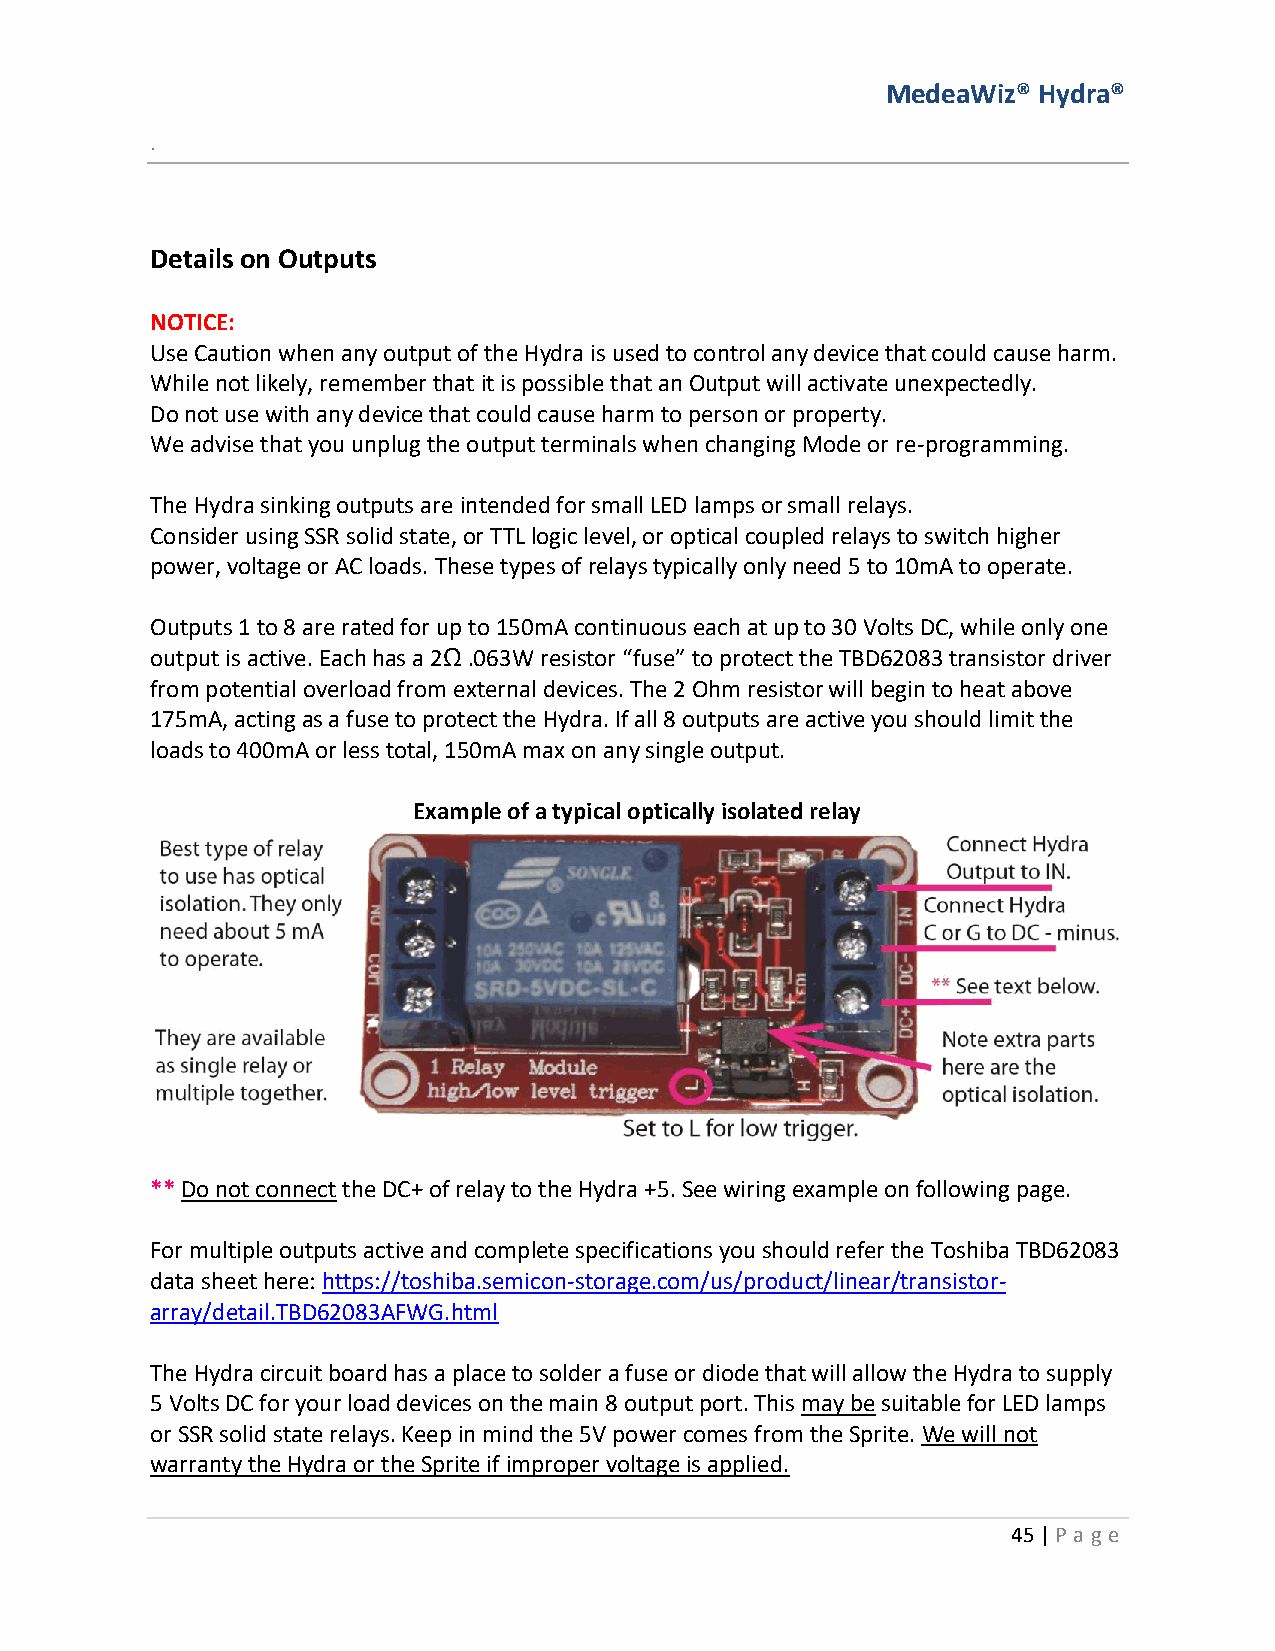
MedeaWiz® Hydra®
 .
 Details on Outputs
 NOTICE:
 Use Caution when any output of the Hydra is used to control any device that could cause harm.
 While not likely, remember that it is possible that an Output will activate unexpectedly.
 Do not use with any device that could cause harm to person or property.
 We advise that you unplug the output terminals when changing Mode or re-programming.
 The Hydra sinking outputs are intended for small LED lamps or small relays.
 Consider using SSR solid state, or TTL logic level, or optical coupled relays to switch higher
 power, voltage or AC loads. These types of relays typically only need 5 to 10mA to operate.
 Outputs 1 to 8 are rated for up to 150mA continuous each at up to 30 Volts DC, while only one
 output is active. Each has a 2Ω .063W resistor “fuse” to protect the TBD62083 transistor driver
 from potential overload from external devices. The 2 Ohm resistor will begin to heat above
 175mA, acting as a fuse to protect the Hydra. If all 8 outputs are active you should limit the
 loads to 400mA or less total, 150mA max on any single output.
 Example of a typical optically isolated relay
 ** Do not connect the DC+ of relay to the Hydra +5. See wiring example on following page.
 For multiple outputs active and complete specifications you should refer the Toshiba TBD62083
 data sheet here: https://toshiba.semicon-storage.com/us/product/linear/transistor-
 array/detail.TBD62083AFWG.html
 The Hydra circuit board has a place to solder a fuse or diode that will allow the Hydra to supply
 5 Volts DC for your load devices on the main 8 output port. This may be suitable for LED lamps
 or SSR solid state relays. Keep in mind the 5V power comes from the Sprite. We will not
 warranty the Hydra or the Sprite if improper voltage is applied.
 45 | P age